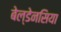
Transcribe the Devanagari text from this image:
बेल्डेनसिया